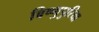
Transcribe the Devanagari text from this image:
बिष्णुपुरिया